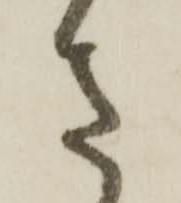
さ